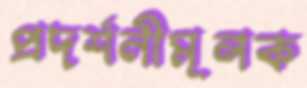
প্রদর্শনীমূলক